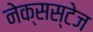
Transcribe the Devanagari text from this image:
नेक्सस्टेज